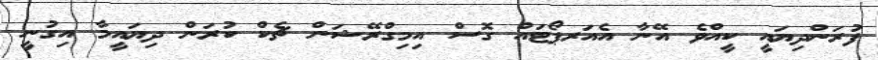
ފުރަންދިޔައީ ކީއްވެ އޭނާ އެއަރޕޯޓައް ގޮސް އިމިގްރޭޝަން ޗެކް ކުރަން ދިޔައީމާ އިގުނީ